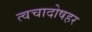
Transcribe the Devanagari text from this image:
त्वचादोषहर